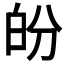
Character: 𤽉